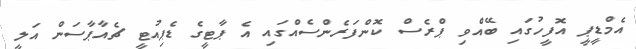
އެމްޑީޕީ އޮފީހުގައި ބޭއްވި ޕްރެސް ކޮންފަރެންސެއްގައި އެ ޕާޓީގެ ޑެޕިއުޓީ ޗެއާޕާސަން އަލީ